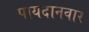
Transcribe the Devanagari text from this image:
पायदानवार